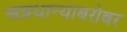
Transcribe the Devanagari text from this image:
अन्नधान्याबरोबर